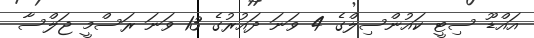
އައްޑޫ ސިޓީ ކައުންސިލްގެ 4 ވަނަ ދައުރުގެ 13 ވަނަ ރަސްމީ ޖަލްސާ